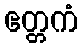
ဧတ္တကံ